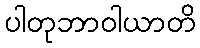
ပါတုဘာဝါယာတိ